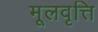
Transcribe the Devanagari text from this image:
मूलवृत्ति